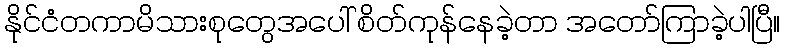
နိုင်ငံတကာမိသားစုတွေအပေါ် စိတ်ကုန်နေခဲ့တာ အတော်ကြာခဲ့ပါပြီ။